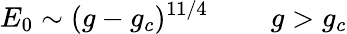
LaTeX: E_{0}\sim(g-g_{c})^{11/4}\; \; \; \; \; \; \; \; g>g_{c}